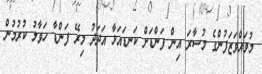
މުވައްވަޒަފުންގެ މުސާރަ އިން ފަންޑަށް ކަނޑައަޅާ އަދަދު މިރޭ ފަންޑާ ހަވާލު ކުރުމުން